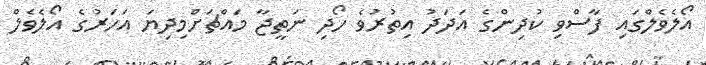
އޯލެވެލްގައި ފާސްވި ކުދިންގެ އަދަދު އިތުރުވެ ހޯދި ނަތީޖާ މައްޗަށްމިދިޔަ އަހަރުގެ އޯލެވެލް